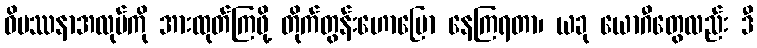
ဝိပဿနာအလုပ်ကို အားထုတ်ကြဖို့ တိုက်တွန်းဟောပြော နေကြရတာ၊ ယခု ယောဂီတွေလည်း ဒီ